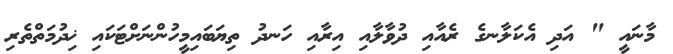
މާނައީ " އަދި އެކަލާނގެ ރެއާއި ދުވާލާއި އިރާއި ހަނދު ތިޔަބައިމީހުންނަށްޓަކައި ޚިދުމަތްތެރި